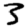
Digit: 3